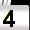
Digit: 4